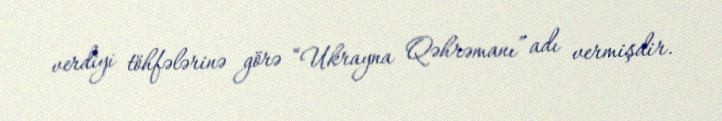
verdiyi töhfələrinə görə “Ukrayna Qəhrəmanı” adı vermişdir.